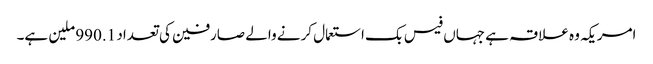
امریکہ وہ علاقہ ہے جہاں فیس بک استعمال کرنے والے صارفین کی تعداد 990.1 ملین ہے۔